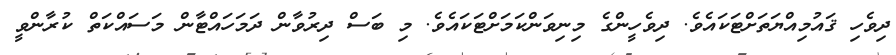
ދިވެހި ޤައުމިއްޔަތަށްޓަކައެވެ. ދިވެހީންގެ މިނިވަންކަމަށްޓަކައެވެ. މި ބަސް ދިރުވާން ދަމަހައްޓާން މަސައްކަތް ކުރާންވީ